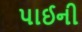
પાઈની